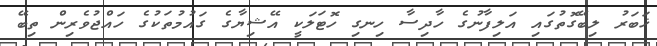
ޚަބަރު ލިބޭގޮތުގައި އަލިފާނުގެ ހާދިސާ ހިނގި ހޮޓަލަކީ އޭޝިޔާގެ ގައުމުތަކުގެ ހައްޖުވެރިން ތިބޭ